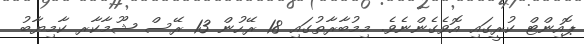
ޕޮއިންޓް ކުރީގައި އޮވެގެންނެވެ. މިމުބާރާތުގައި 18 ރޭހުން 13 ރޭސް ޝޫމާކާރ ކާމިޔާބު